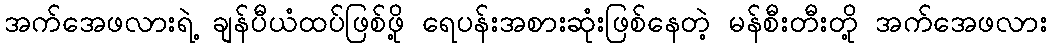
အက်အေဖလားရဲ့ ချန်ပီယံထပ်ဖြစ်ဖို့ ရေပန်းအစားဆုံးဖြစ်နေတဲ့ မန်စီးတီးတို့ အက်အေဖလား